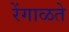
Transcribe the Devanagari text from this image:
रेंगाळते